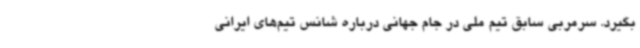
بگیرد. سرمربی سابق تیم ملی در جام جهانی درباره شانس تیم‌های ایرانی